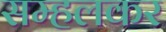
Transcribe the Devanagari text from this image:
सम्हलकर